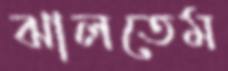
ঝালতেম